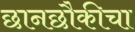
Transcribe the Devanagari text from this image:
छानछौकीचा